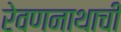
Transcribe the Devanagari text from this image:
रेवणनाथाची